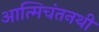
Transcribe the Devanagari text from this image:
आत्मिचंतनथी